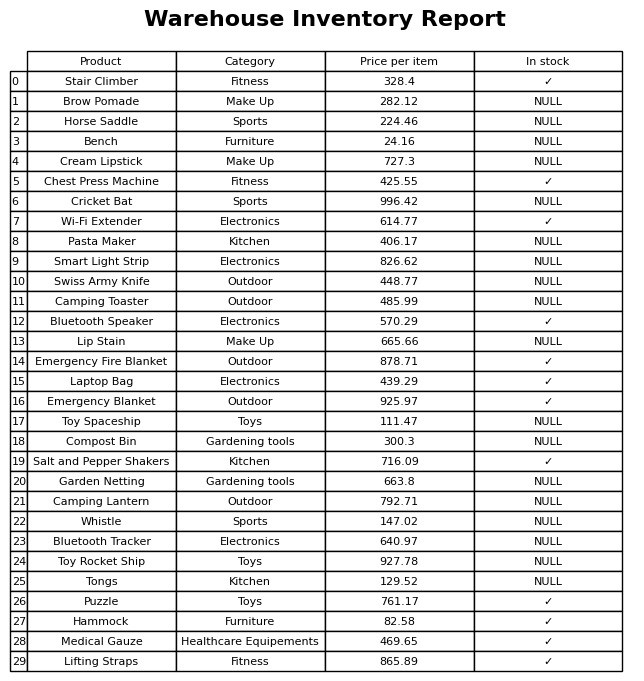
question: What is the price for Chest Press Machine?
answer: The price of Chest Press Machine is 425.55.